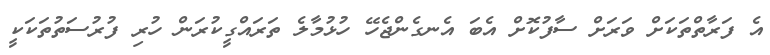
އެ ފަރާތްތަކަށް ވަރަށް ސާފުކޮށް އެބަ އެނގެންޖެހޭ ހުޅުމާލެ ތަރައްގީކުރަން ހުރި ފުރުސަތުތަކަކީ